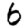
Digit: 6